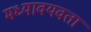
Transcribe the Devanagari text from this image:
मध्यावयवता